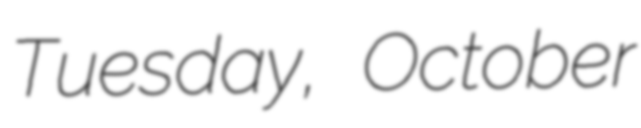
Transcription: Tuesday, October